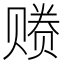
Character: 𰷩